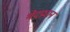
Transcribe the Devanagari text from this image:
भेदप्रधान